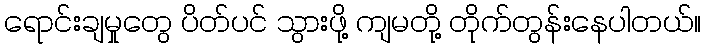
ရောင်းချမှုတွေ ပိတ်ပင် သွားဖို့ ကျမတို့ တိုက်တွန်းနေပါတယ်။